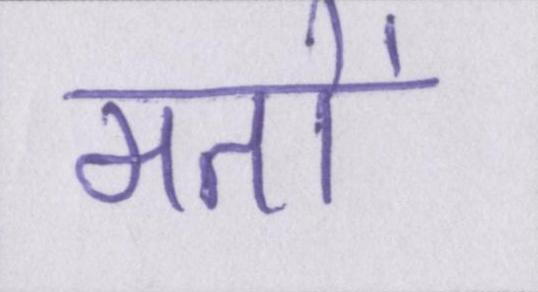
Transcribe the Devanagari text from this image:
मतों